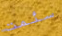
سئمت